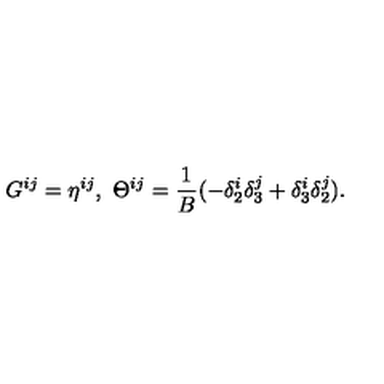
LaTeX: G ^ { i j } = \eta ^ { i j } , \ \Theta ^ { i j } = \frac { 1 } { B } ( - \delta _ { 2 } ^ { i } \delta _ { 3 } ^ { j } + \delta _ { 3 } ^ { i } \delta _ { 2 } ^ { j } ) .